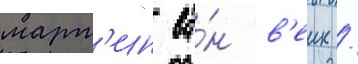
март'ин ва́н в'еик /